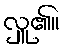
လှူ၏။